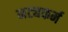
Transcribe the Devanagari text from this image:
नट्यकर्म